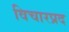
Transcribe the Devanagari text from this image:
विचारप्रद